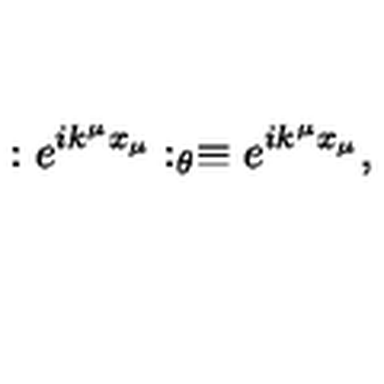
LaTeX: : e ^ { i k ^ { \mu } x _ { \mu } } : _ { \theta } \equiv e ^ { i k ^ { \mu } x _ { \mu } } ,